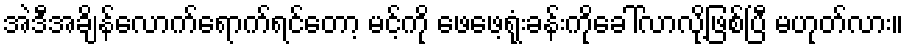
အဲဒီအချိန်လောက်ရောက်ရင်တော့ မင့်ကို ဖေဖေ့ရုံးခန်းကိုခေါ်လာလို့ဖြစ်ပြီ မဟုတ်လား။